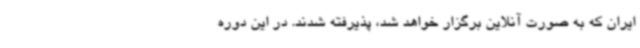
ایران که به صورت آنلاین برگزار خواهد شد، پذیرفته شدند. در این دوره